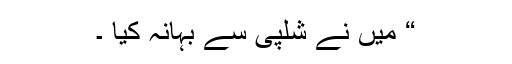
“ میں نے شلپی سے بہانہ کیا ۔